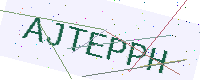
Text: AJTEPPH